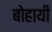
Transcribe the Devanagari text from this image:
बोहायी